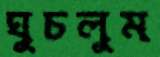
ঘুচলুম